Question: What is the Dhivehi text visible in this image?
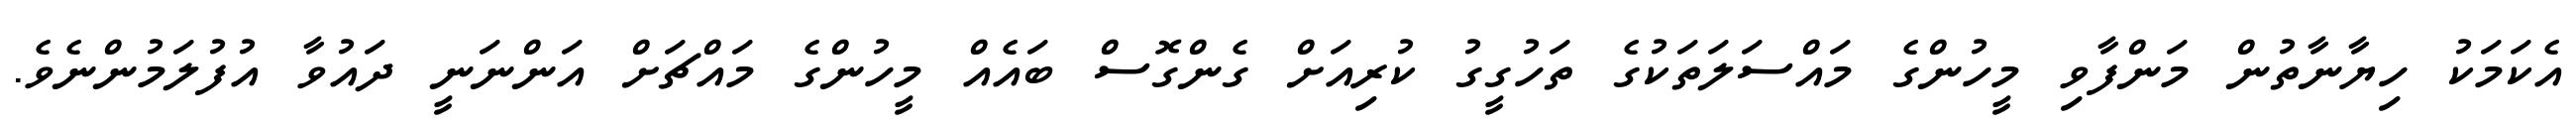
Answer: އެކަމަކު ހިޔާނާތުން މަންފާވި މީހުންގެ މައްސަލަތަކުގެ ތަހުގީގު ކުރިއަށް ގެންގޮސް ބައެއް މީހުންގެ މައްޗަށް އަންނަނީ ދައުވާ އުފުލަމުންނެވެ.